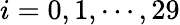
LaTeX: i=0,1,\cdots,29